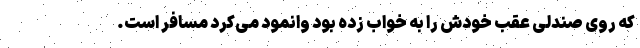
که روی صندلی عقب خودش را به خواب زده بود وانمود می‌کرد مسافر است.